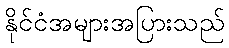
နိုင်ငံအများအပြားသည်